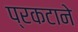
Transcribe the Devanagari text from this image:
प्रकटाने